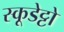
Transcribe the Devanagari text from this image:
स्कूडेट्टो